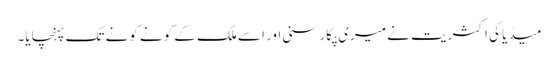
میڈیا کی اکثریت نے میری پکار سنی اور اسے ملک کے کونے کونے تک پہنچایا۔